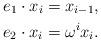
LaTeX: \begin{align*}e_1\cdot x_i = x_{i-1}, \\ e_2\cdot x_i = \omega^i x_i.\end{align*}